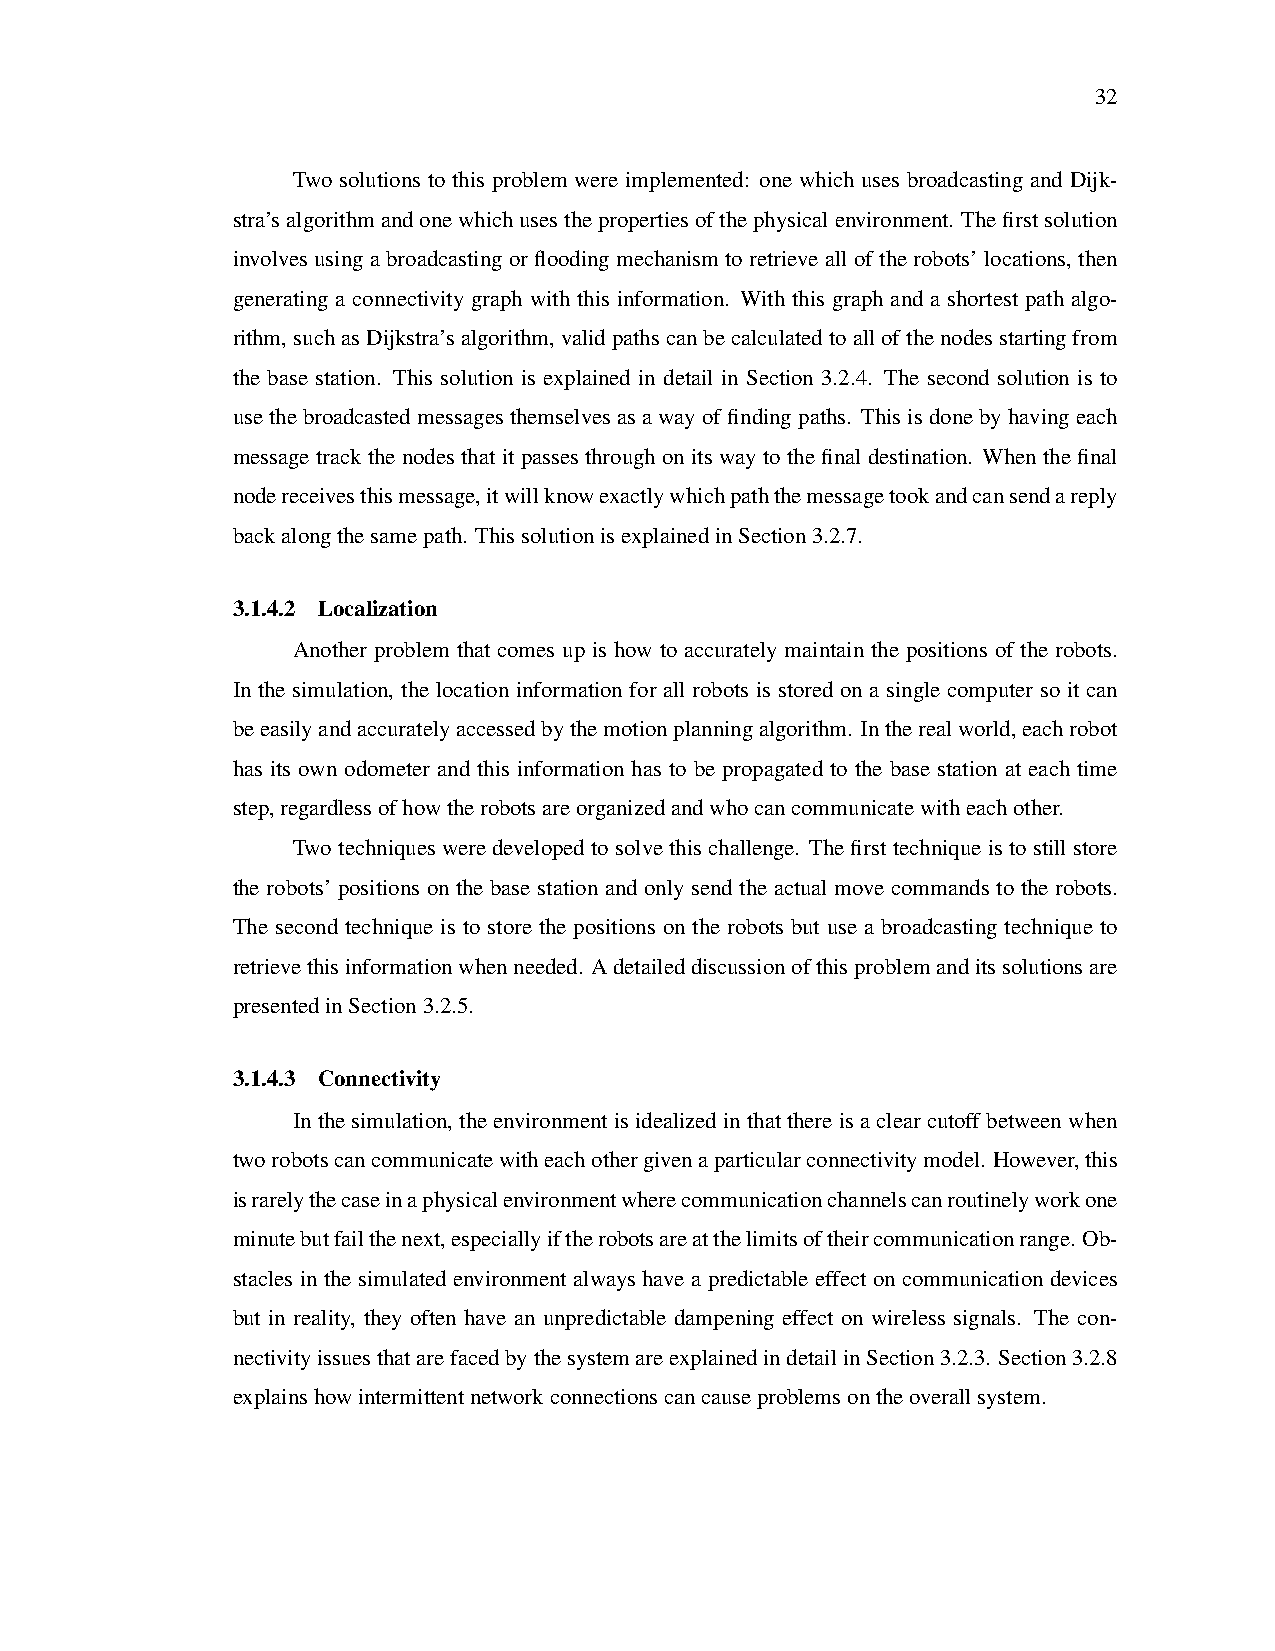
32
 Two solutions to this problem were implemented: one which uses broadcasting and Dijk-
 stra’salgorithmandonewhichusesthepropertiesofthephysicalenvironment. Thefirstsolution
 involves using a broadcasting or flooding mechanism to retrieve all of the robots’ locations, then
 generating a connectivity graph with this information. With this graph and a shortest path algo-
 rithm,suchasDijkstra’salgorithm,validpathscanbecalculatedtoallofthenodesstartingfrom
 the base station. This solution is explained in detail in Section 3.2.4. The second solution is to
 use the broadcasted messages themselves as a way of finding paths. This is done by having each
 message track the nodes that it passes through on its way to the final destination. When the final
 nodereceivesthismessage,itwillknowexactlywhichpaththemessagetookandcansendareply
 backalongthesamepath. ThissolutionisexplainedinSection3.2.7.
 3.1.4.2 Localization
 Another problem that comes up is how to accurately maintain the positions of the robots.
 In the simulation, the location information for all robots is stored on a single computer so it can
 beeasilyandaccuratelyaccessedbythemotionplanningalgorithm. Intherealworld,eachrobot
 has its own odometer and this information has to be propagated to the base station at each time
 step,regardlessofhowtherobotsareorganizedandwhocancommunicatewitheachother.
 Two techniques were developed to solve this challenge. The first technique is to still store
 the robots’ positions on the base station and only send the actual move commands to the robots.
 The second technique is to store the positions on the robots but use a broadcasting technique to
 retrievethisinformationwhenneeded. Adetaileddiscussionofthisproblemanditssolutionsare
 presentedinSection3.2.5.
 3.1.4.3 Connectivity
 Inthesimulation, theenvironmentisidealizedinthatthereisaclearcutoffbetweenwhen
 tworobotscancommunicatewitheachothergivenaparticularconnectivitymodel. However,this
 israrelythecaseinaphysicalenvironmentwherecommunicationchannelscanroutinelyworkone
 minutebutfailthenext,especiallyiftherobotsareatthelimitsoftheircommunicationrange. Ob-
 stacles in the simulated environment always have a predictable effect on communication devices
 but in reality, they often have an unpredictable dampening effect on wireless signals. The con-
 nectivityissuesthatarefacedbythesystemareexplainedindetailinSection3.2.3. Section3.2.8
 explainshowintermittentnetworkconnectionscancauseproblemsontheoverallsystem.